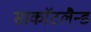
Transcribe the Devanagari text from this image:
साकाॅटलैन्ड